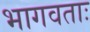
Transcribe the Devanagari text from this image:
भागवताः